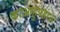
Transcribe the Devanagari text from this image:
काआहुपहाऊ